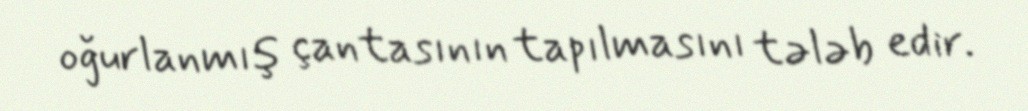
oğurlanmış çantasının tapılmasını tələb edir.